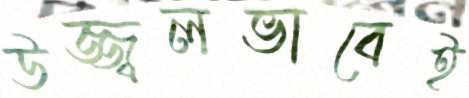
উজ্জ্বলভাবেই